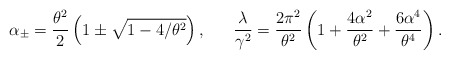
\begin{align*}\alpha_\pm = \frac{\theta^2}{2} \left( 1 \pm \sqrt{1 -4/\theta^2} \right), \ \ \ \ \ \frac{\lambda}{\gamma^2} =\frac{2\pi^2}{\theta^2} \left( 1 + \frac{4\alpha^2}{\theta^2}+ \frac{6\alpha^4}{\theta^4} \right).\end{align*}